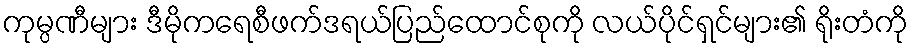
ကုမ္ပဏီများ ဒီမိုကရေစီဖက်ဒရယ်ပြည်ထောင်စုကို လယ်ပိုင်ရှင်များ၏ ရိုးတံကို